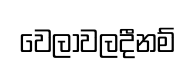
වෙලාවලදීනම්